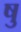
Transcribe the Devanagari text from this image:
षु